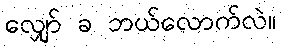
လျှော် ခ ဘယ်လောက်လဲ။